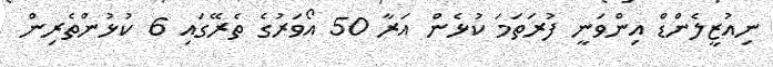
ނިއުޒީލެންޑް އިންވަނީ ފުރަތަމަ ކުޅެން އަރާ 50 އޯވަރުގެ ތެރޭގައި 6 ކުޅުންތެރިން